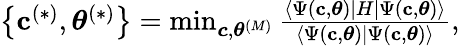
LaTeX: \begin{array}{r}{\left\{ \mathbf{c}^{(*)},\boldsymbol{\theta}^{(*)}\right\} =\operatorname*{min}_{\boldsymbol{c},\boldsymbol{{\theta}}^{(M)}}\frac{\langle\Psi\left(\mathbf{c},\boldsymbol{\theta}\right)\rvert H\lvert\Psi\left(\mathbf{c},\boldsymbol{\theta}\right)\rangle}{\langle\Psi\left(\mathbf{c},\boldsymbol{\theta}\right)\vert\Psi\left(\mathbf{c},\boldsymbol{\theta}\right)\rangle},}\end{array}